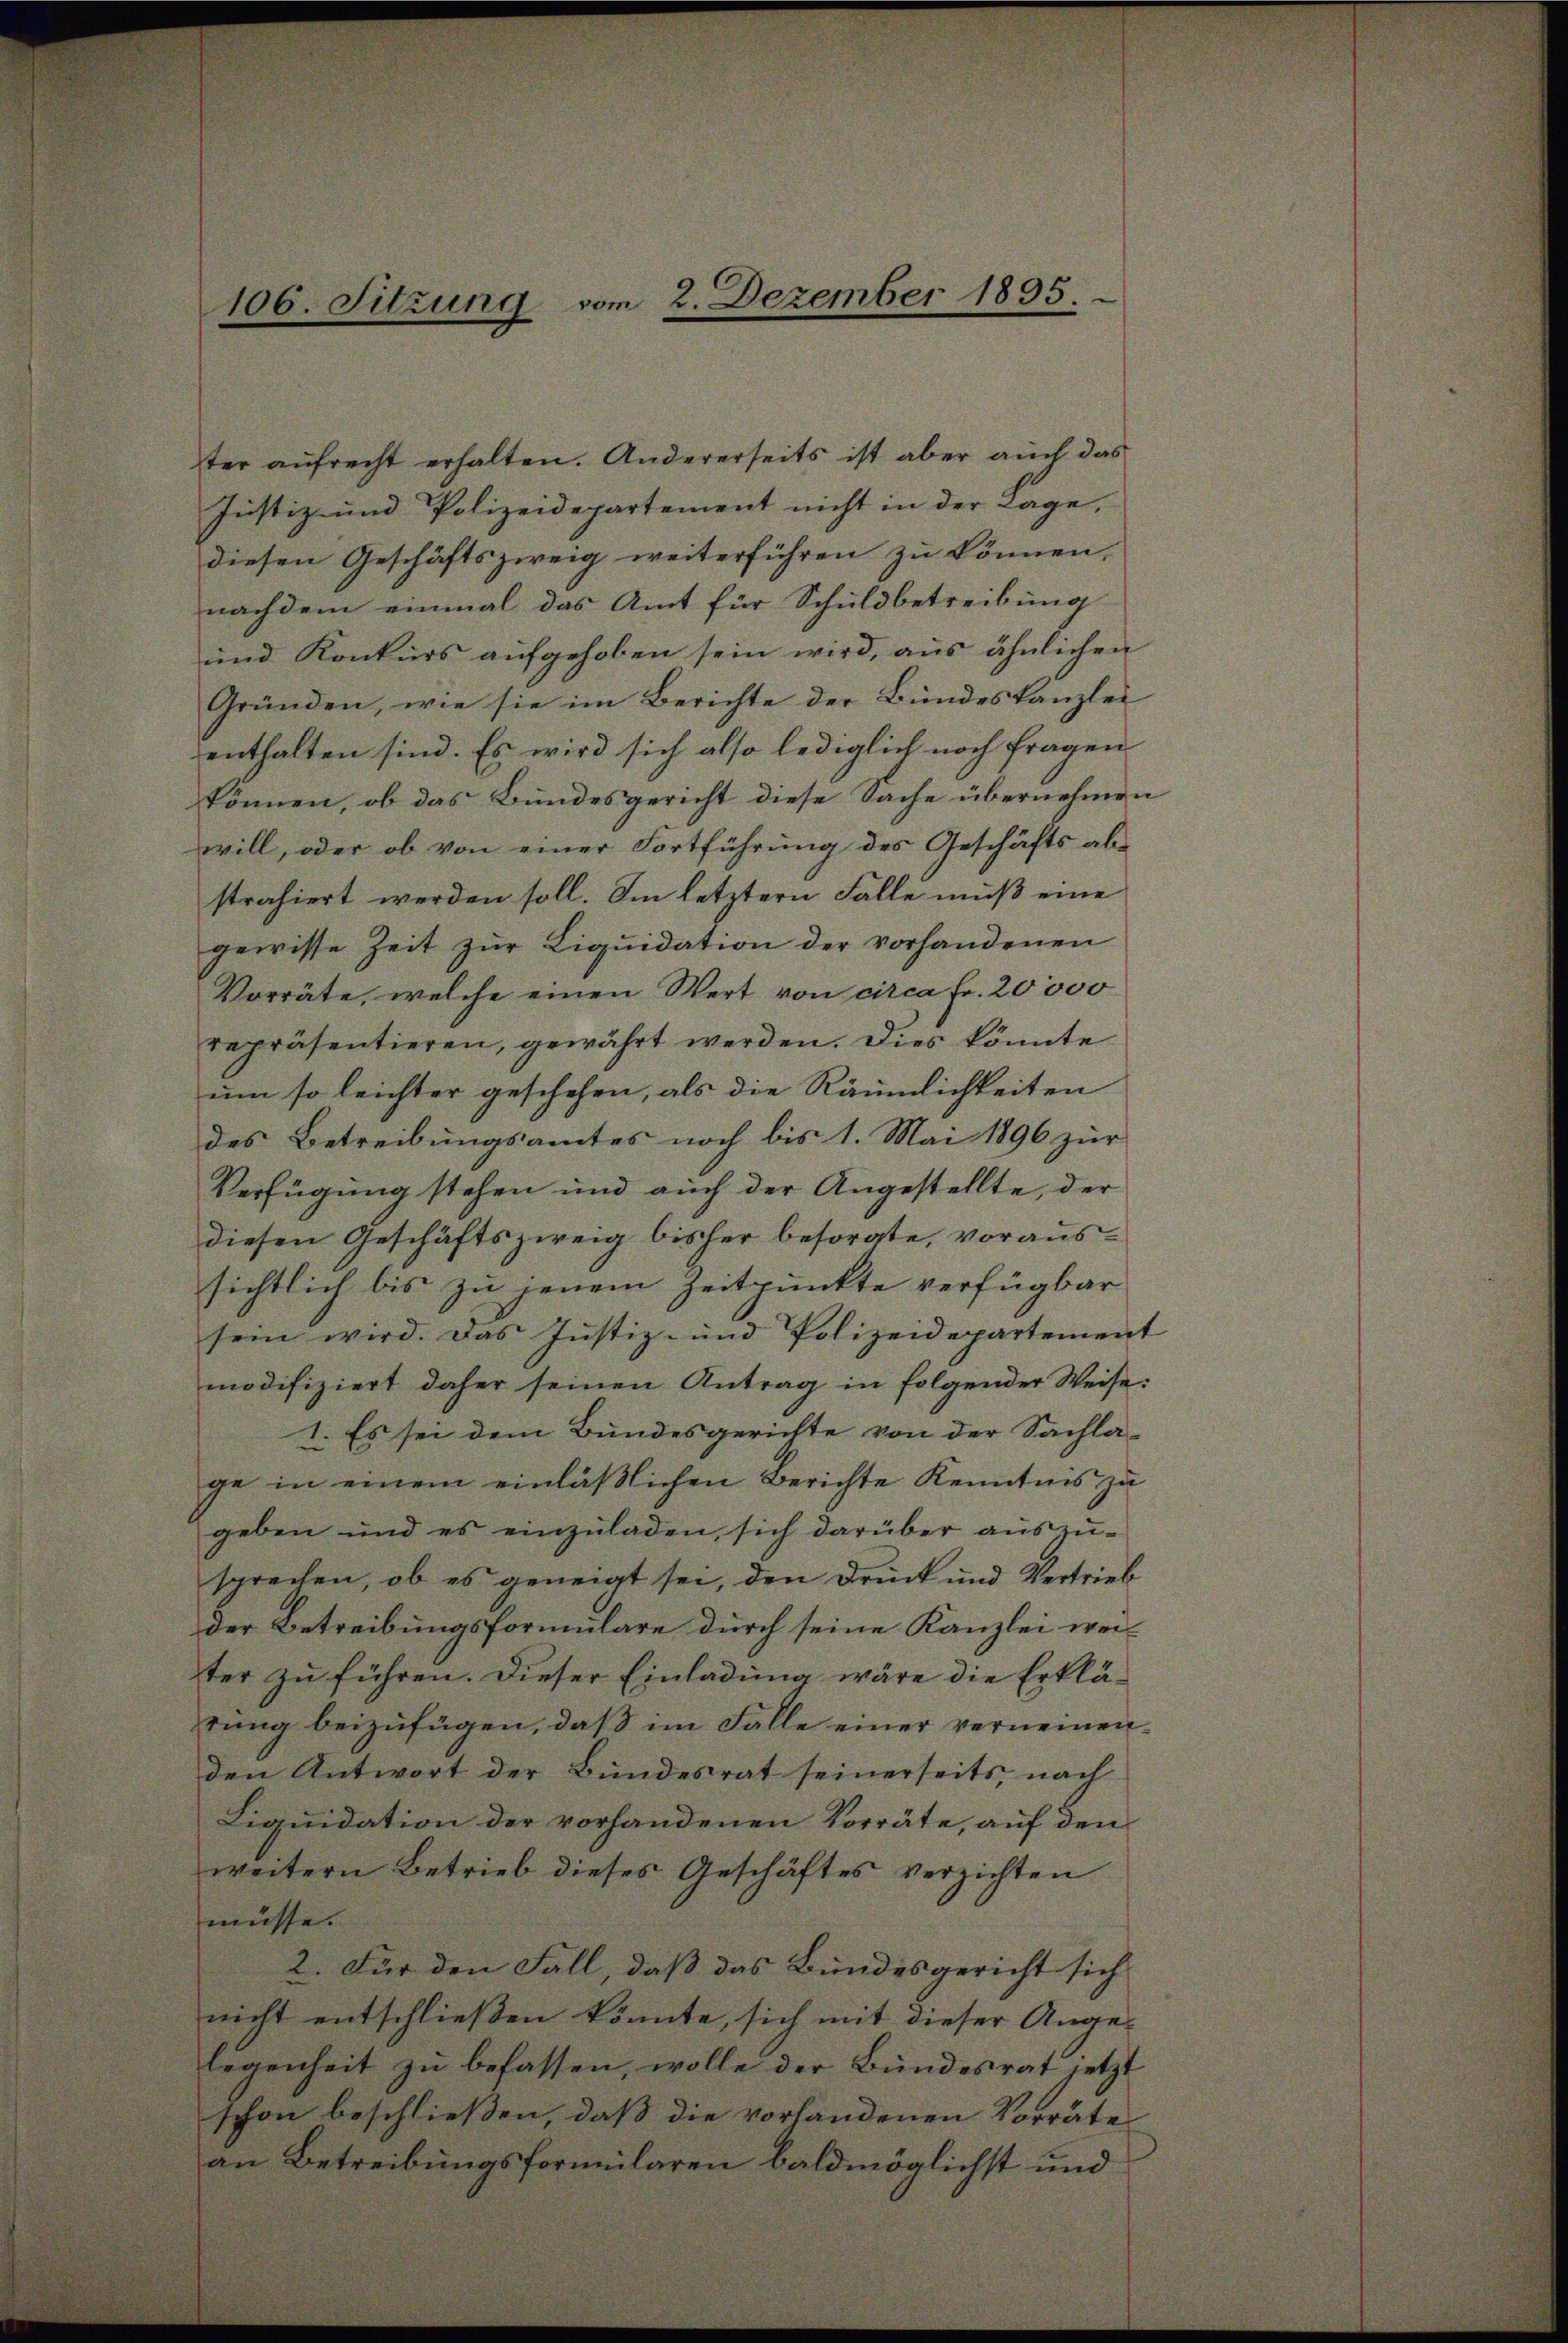
106. Sitzung vom 2. Dezember 1895.

Justiz- und Polizeidepartement nicht in der Lage,
diesen Geschäftszweig weiterführen zu können,
nachdem einmal das Amt für Schuldbetreibung
und Konkurs aufgehoben sein wird, aus ähnlichen
Gründen, wie sie im Berichte der Bundeskanzlei
enthalten sind. Es wird sich also lediglich noch fragen
können, ob das Bundesgericht diese Sache übernehmen
will, oder ob von einer Fortführung des Geschäfts abstrahiert werden soll. Im letztern Fälle muß eine
gewisse Zeit zur Liquidation der vorhandenen
Vorräte, welche einen Wert von circa Fr. 20000
repräsentieren, gewährt werden. Dies könnte
um so leichter geschehen, als die Räumlichkeiten
des Betreibungsamtes noch bis 1. Mai 1896 zur
Verfügung stehen und auch der Angestellte, der
diesen Geschäftszweig bisher besorgte, voraussichtlich bis zu jenem Zeitpunkte verfügbar
sein wird. Das Justiz- und Polizeidepartement
modifiziert daher seinen Antrag in folgender Weise:
1. Es sei dem Bundesgerichte von der Sachla-
ge in einem einläβlichen Berichte Kenntnis zu
geben und es einzŭladen, sich darüber aŭszŭ-
sprechen, ob es geneigt sei, den Druck und Vertrieb
Der Betreibungsformulare durch seine Kanzlei weil
ter zu führen. Dieser Einladung wäre die Erklärung beizufügen, daß im Falle einer verneinenden Antwort der Bundesrat seinerseits, nach
Liquidation der vorhandenen Vorräte, auf den
weitern Betrieb dieses Geschäftes verzichten
müsse.
2. Für den Fall, daß das Bundesgericht sich
nicht entschließen könnte, sich mit dieser Angelegenheit zŭ befassen, wolle der Bundesrat jetzt
schon beschließen, daß die vorhandenen Vorräte
an Betreibungsformularen baldmöglichst und

ter aŭfrecht erhalten. Andererseits ist aber auch das